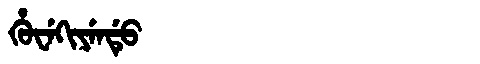
Manchu: ᡥᡠᠸᡝᡴᡳᠶᡝᠨᡩᡠ
Romanization: HUWEKIYENDU